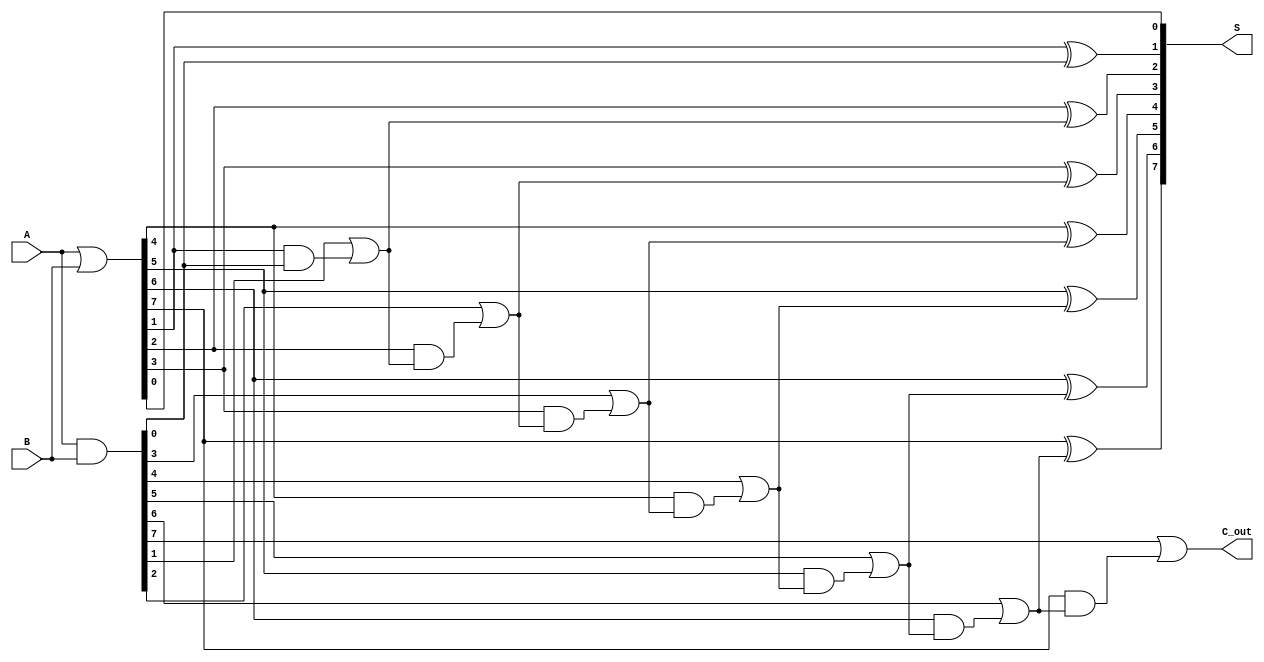
module brent_kung_adder #(parameter n = 8) (
    input  [n-1:0] A,
    input  [n-1:0] B,
    output [n-1:0] S,
    output         C_out
);

    // Generate and Propagate signals
    wire [n-1:0] G; // Generate
    wire [n-1:0] P; // Propagate
    wire [n:0] C;   // Carry signals

    // Generate and Propagate logic
    assign G = A & B;      // G[i] = A[i] & B[i]
    assign P = A | B;      // P[i] = A[i] | B[i]
    
    // Initialize carry C[0]
    assign C[0] = 1'b0; // C[-1] is considered as 0

    // Carry generation using Brent-Kung method
    genvar i, j, k;
    
    // Level 1
    generate
        for (i = 0; i < n; i = i + 1) begin : level1
            assign C[i + 1] = G[i] | (P[i] & C[i]);
        end
    endgenerate

    // Sum calculation
    generate
        for (i = 0; i < n; i = i + 1) begin : sum
            assign S[i] = P[i] ^ C[i]; // S[i] = P[i] ^ C[i-1]
        end
    endgenerate

    // Final carry out
    assign C_out = C[n];

endmodule